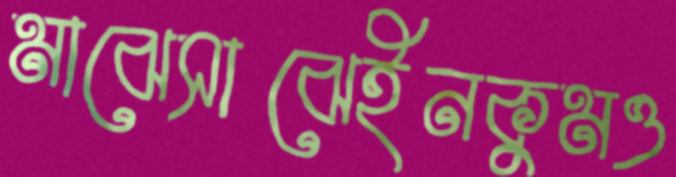
মাঝেসাঝেইনকুমও